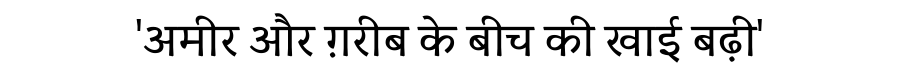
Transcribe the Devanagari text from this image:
'अमीर और ग़रीब के बीच की खाई बढ़ी'